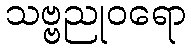
သဗ္ဗညုဝရော